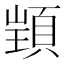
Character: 𮨋